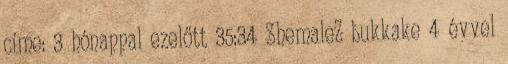
címe: 3 hónappal ezelőtt 35:34 ShemaleZ bukkake 4 évvel